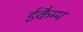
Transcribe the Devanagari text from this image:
ईकैम्प